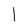
Character: l